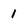
Character: 1